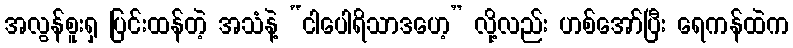
အလွန်စူးရှ ပြင်းထန်တဲ့ အသံနဲ့ “ငါပေါရိသာဒဟေ့” လို့လည်း ဟစ်အော်ပြီး ရေကန်ထဲက